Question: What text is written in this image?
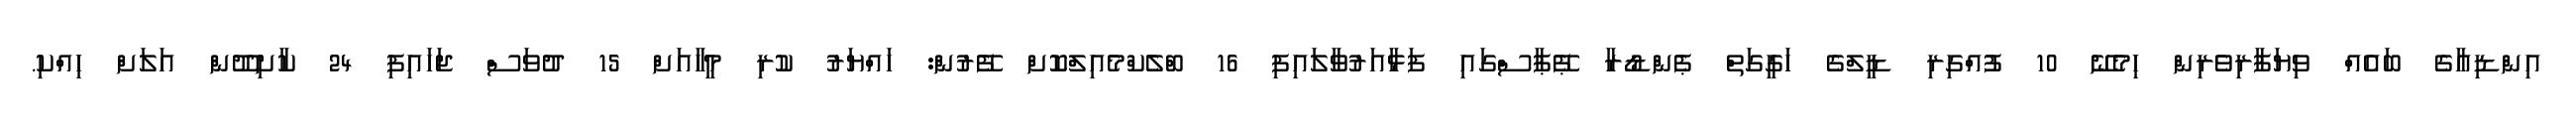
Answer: އިންޑިއާގެ ބައެއް ވިޔަފާރިވެރިން ހިމެނޭ 10 ފުއްގިރި ޑީލްގެ ހަގީގަތް ޕެންޑޯރާ ޕޭޕާސްގައި ފަޅާއަރުވާލައިފި 16 ބްލެކްމެއިލްކޮށް ފޭރުން: ހައްޔަރު ކުރި މީހާއަށް 15 ދުވަސް ޖަހައިފި 24 ކާށިދޫން އަލަށް ހިއްކި.